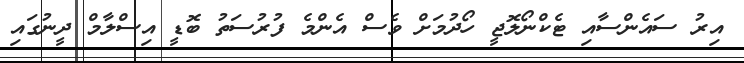
އިރު ސައެންސާއި ޓެކްނޯލޮޖީ ހޯދުމަށް ވެސް އެންމެ ފުރުސަތު ބޮޑީ އިސްލާމް ދީނުގައި